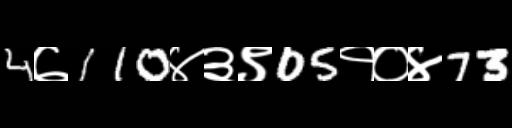
Text: 4७110४३९05१०४73